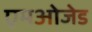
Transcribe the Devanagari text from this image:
एमओजेड